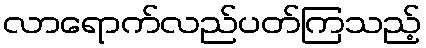
လာရောက်လည်ပတ်ကြသည့်